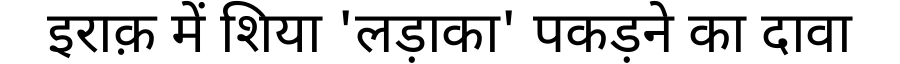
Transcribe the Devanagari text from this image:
इराक़ में शिया 'लड़ाका' पकड़ने का दावा